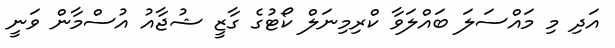
އަދި މި މައްސަލަ ބައްލަވާ ކްރިމިނަލް ކޯޓުގެ ގާޒީ ޝުޖާއު އުސްމާން ވަނީ